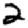
Digit: 2